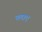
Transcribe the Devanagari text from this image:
ब्लाए